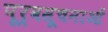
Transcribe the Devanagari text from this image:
पूर्वसूचनाओं